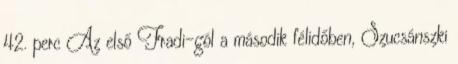
42. perc Az első Fradi-gól a második félidőben, Szucsánszki